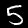
Label: 5